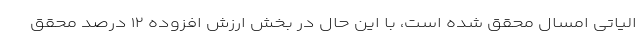
الیاتی امسال محقق شده است، با این حال در بخش ارزش افزوده ۱۲ درصد محقق